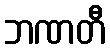
ဘဏတီ